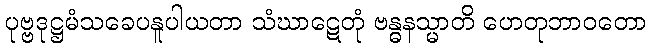
ပုဗ္ဗဒုဋ္ဌမံသခေပနူပါယတာ သံဃာဋေတုံ ဗန္ဓနသ္မာတိ ဟေတုဘာဝတော